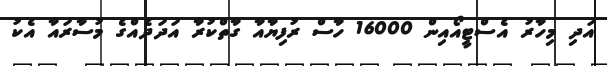
އަދި މިހާރު އެސްޓީއޯއިން 16000 ހާސް ރުފިޔާއާ ގާތްކުރާ އަދަދެއްގެ މުސާރައާ އެކު